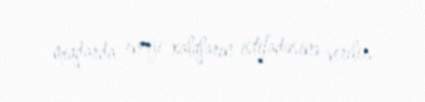
miqdarda enerji xalqların istifadəsinə verilir.